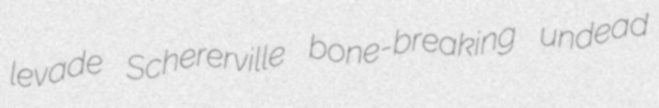
levade Schererville bone-breaking undead